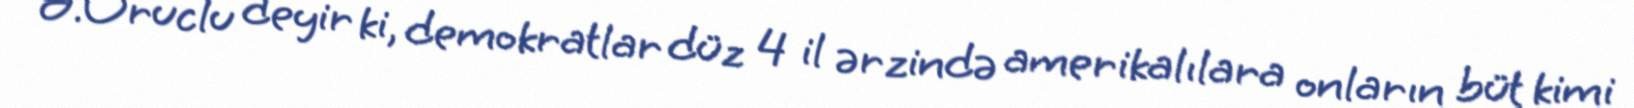
Ə.Oruclu deyir ki, demokratlar düz 4 il ərzində amerikalılara onların büt kimi